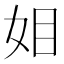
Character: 𭑰